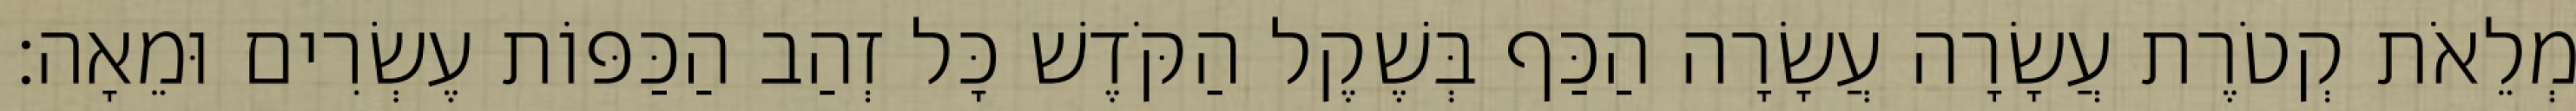
מְלֵאֹת קְטֹרֶת עֲשָׂרָה עֲשָׂרָה הַכַּף בְּשֶׁקֶל הַקֹּדֶשׁ כָּל זְהַב הַכַּפּוֹת עֶשְׂרִים וּמֵאָה׃